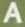
A